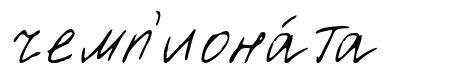
чемп'иона́та